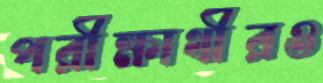
পরীক্ষার্থীরও